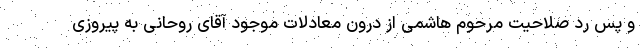
و پس رد صلاحیت مرحوم هاشمی از درون معادلات موجود آقای روحانی به پیروزی